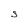
Character: S